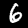
Label: 6